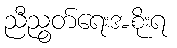
ညီညွတ်ရေးအစိုးရ